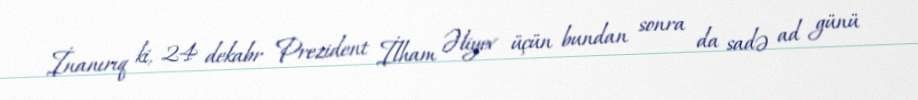
İnanırıq ki, 24 dekabr Prezident İlham Əliyev üçün bundan sonra da sadə ad günü